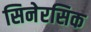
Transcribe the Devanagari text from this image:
सिनेरसिक